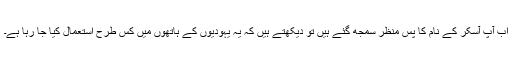
اب آپ آسکر کے نام کا پس منظر سمجھ گئے ہیں تو دیکھتے ہیں کہ یہ یہودیوں کے ہاتھوں میں کس طرح استعمال کیا جا رہا ہے۔